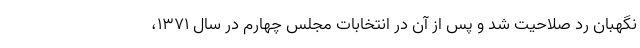
نگهبان رد صلاحیت شد و پس از آن در انتخابات مجلس چهارم در سال ۱۳۷۱،